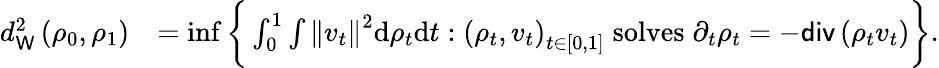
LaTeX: \begin{array}{rl}{d_{\mathsf{W}}^{2}\left(\rho_{0},\rho_{1}\right)}&{=\operatorname*{inf}\bigg\{ \int_{0}^{1}\int\left\Vert v_{t}\right\Vert^{2}\mathrm{d}\rho_{t}\mathrm{d}t:\left(\rho_{t},v_{t}\right)_{t\in[0,1]}\; \mathrm{solves}\; \partial_{t}\rho_{t}=-\mathsf{div}\left(\rho_{t}v_{t}\right)\bigg\} .}\end{array}